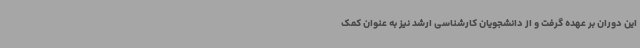
این دوران بر عهده گرفت و از دانشجویان کارشناسی ارشد نیز به عنوان کمک